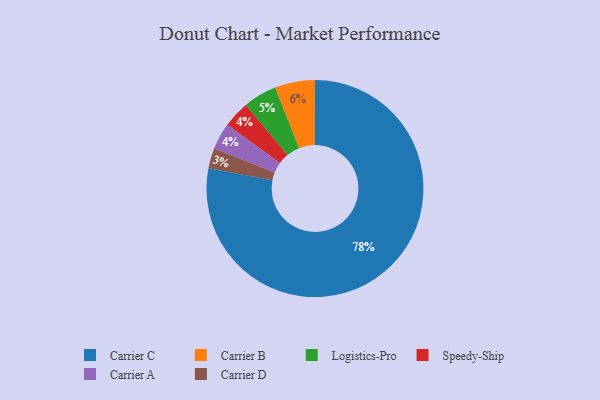
{"axis": {"x": "Category", "y": "Percentage"}, "legend": ["Carrier A", "Carrier B", "Carrier C", "Carrier D", "Logistics-Pro", "Speedy-Ship"], "data": [{"x": "Carrier C", "y": 78, "type": "Carrier C"}, {"x": "Speedy-Ship", "y": 4, "type": "Speedy-Ship"}, {"x": "Logistics-Pro", "y": 5, "type": "Logistics-Pro"}, {"x": "Carrier B", "y": 6, "type": "Carrier B"}, {"x": "Carrier D", "y": 3, "type": "Carrier D"}, {"x": "Carrier A", "y": 4, "type": "Carrier A"}]}